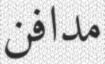
مدافن